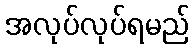
အလုပ်လုပ်ရမည်